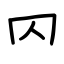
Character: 𠔿